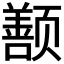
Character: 𬱱